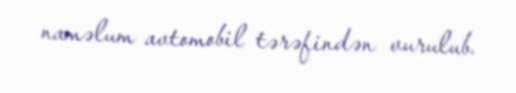
naməlum avtomobil tərəfindən vurulub.